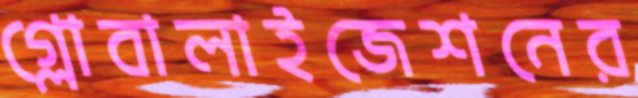
গ্লোবালাইজেশনের